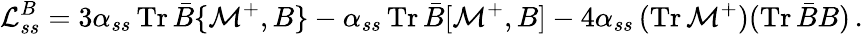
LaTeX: {\cal L}_{ss}^{B}=3\alpha_{ss}\, \mathrm{Tr}\, \bar{B}\{ {\cal M}^{+},B\} -\alpha_{ss}\, \mathrm{Tr}\, \bar{B}[{\cal M}^{+},B]-4\alpha_{ss}\, (\mathrm{Tr}\, {\cal M}^{+})(\mathrm{Tr}\, \bar{B}B)\, .